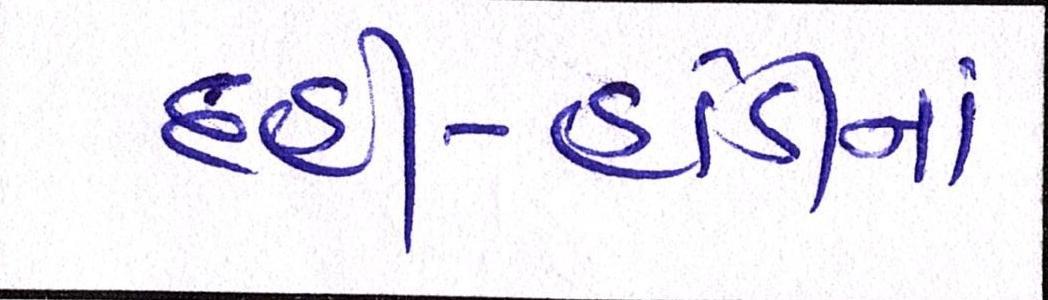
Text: દહીં-હાંડીનાં